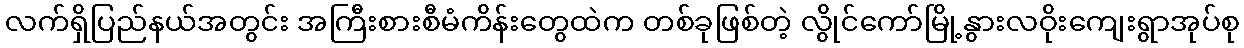
လက်ရှိပြည်နယ်အတွင်း အကြီးစားစီမံကိန်းတွေထဲက တစ်ခုဖြစ်တဲ့ လွိုင်ကော်မြို့နွားလဝိုးကျေးရွာအုပ်စု